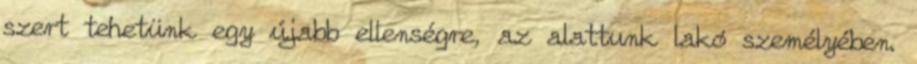
szert tehetünk egy újabb ellenségre, az alattunk lakó személyében.